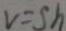
v = s h